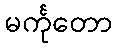
မင်္ကုတော